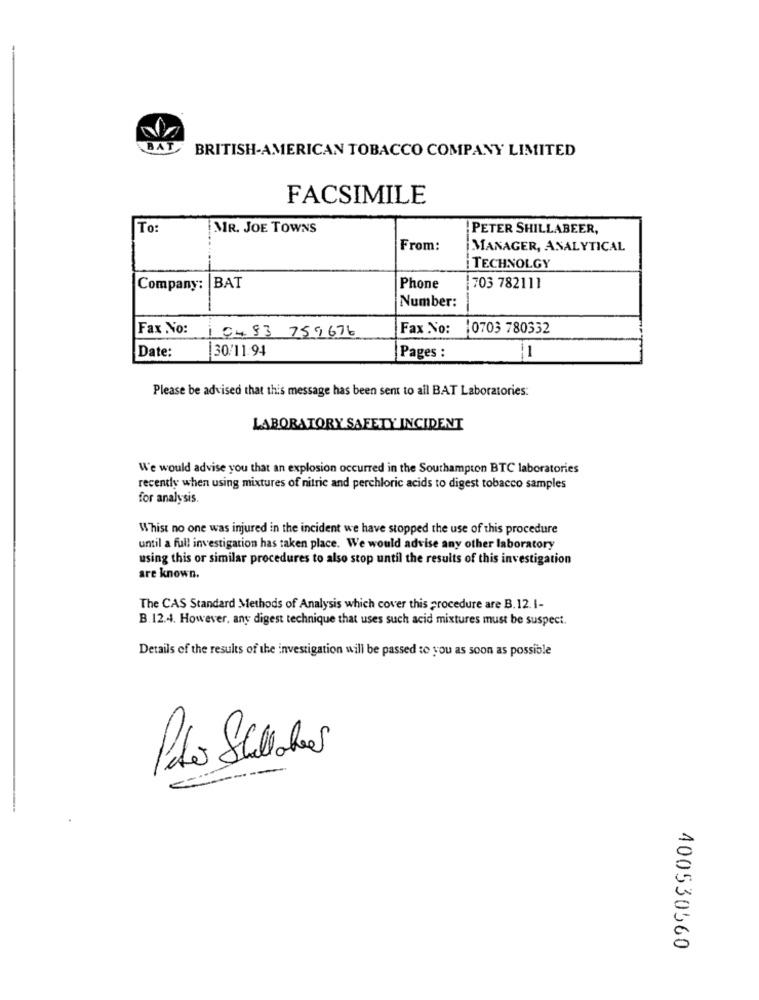
BAT
BRITISH-AMERICAN TOBACCO COMPANY LIMITED
FACSIMILE
To:
MR. JOE TOWNS
PETER SHILLABEER,
From:
MANAGER, ANALYTICAL
TECHNOLGY
Company: BAT
Phone
703 782111
Number:
Fax No:
0493 759676
Fax No: 10703 780332
Date:
30/11.94
Pages :
1
Please be advised that this message has been sent to all BAT Laboratories:
LABORATORY SAFETY INCIDENT
We would advise you that an explosion occurred in the Southampton BTC laboratories
recently when using mixtures of nitric and perchloric acids to digest tobacco samples
for analysis.
Whist no one was injured in the incident we have stopped the use of this procedure
until a full investigation has taken place. We would advise any other laboratory
using this or similar procedures to also stop until the results of this investigation
are known.
The CAS Standard Methods of Analysis which cover this procedure are B.12. 1-
B.12.4. However, any digest technique that uses such acid mixtures must be suspect.
Details of the results of the investigation will be passed to you as soon as possible
400530560